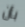
بأن